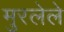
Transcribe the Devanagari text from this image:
मुरलेले